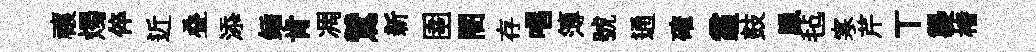
禳燭倅近叠添鍤肯凋鷥新圉闇存唱簿號通確霾鼓臘毡寒芹丅襲楮